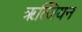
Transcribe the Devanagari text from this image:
ॠत्जियन